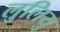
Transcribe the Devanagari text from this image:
लुलियु